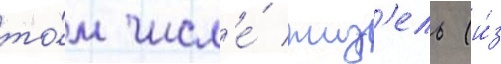
то́м числ'е́ жиз'ель (и́з